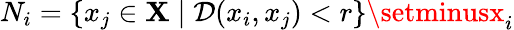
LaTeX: N_{i}=\{ x_{j}\in\mathbf{X}\mid\mathcal{{D}}(x_{i},x_{j})<r\} \setminusx_{i}